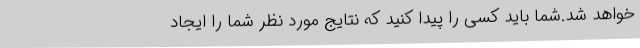
خواهد شد.شما باید کسی را پیدا کنید که نتایج مورد نظر شما را ایجاد